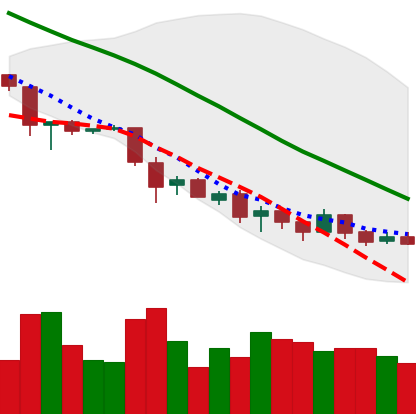
Ticker: EOS-USD
Chart end date: 2018-12-02
Forward return: -38.822%
Label: down_7plus